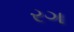
રગ